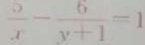
\frac { 5 } { x } - \frac { 6 } { y + 1 } = 1